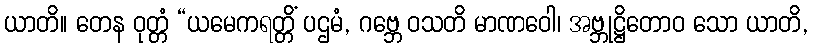
ယာတိ။ တေန ဝုတ္တံ “ယမေကရတ္တိံ ပဌမံ, ဂဗ္ဘေ ဝသတိ မာဏဝေါ၊ အဗ္ဘုဋ္ဌိတောဝ သော ယာတိ,